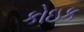
કોઇક